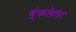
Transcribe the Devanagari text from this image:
गुंफलेला